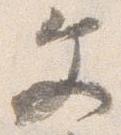
文